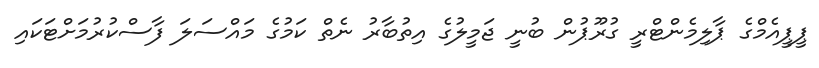
ޕީޕީއެމްގެ ޕާލިމެންޓްރީ ގުރޫޕުން ބުނީ ޖަމީލުގެ އިތުބާރު ނެތް ކަމުގެ މައްސަލަ ފާސްކުރުމަށްޓަކައި